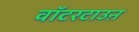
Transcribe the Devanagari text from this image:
वॉटरटाउऩ